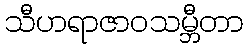
သီဟရာဇာဝသမ္ဘီတာ